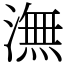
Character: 潕